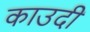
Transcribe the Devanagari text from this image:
काउदी